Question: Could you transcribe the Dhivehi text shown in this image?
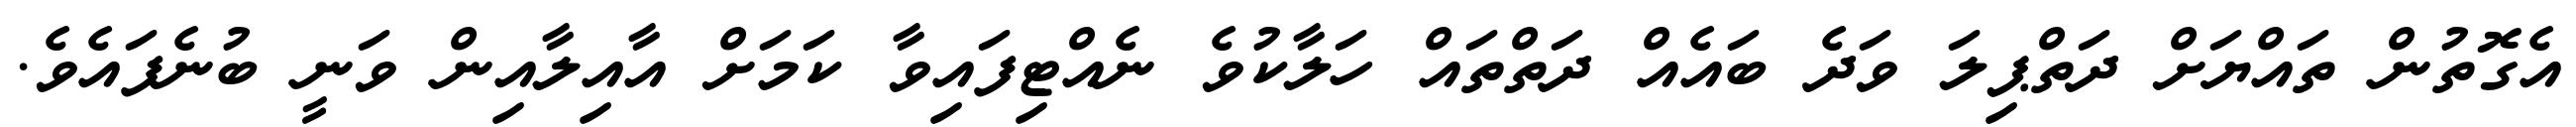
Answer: އެގޮތުން ތައްޔަށް ދަތްޕިލަ ވަދެ ބައެއް ދަތްތައް ހަލާކުވެ ނެއްޓިފައިވާ ކަމަށް އާއިލާއިން ވަނީ ބުނެފައެވެ.